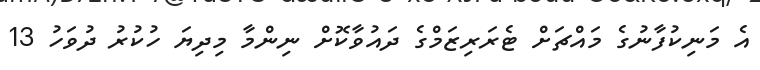
އެ މަނިކުފާނުގެ މައްޗަށް ޓެރަރިޒަމްގެ ދައުވާކޮށް ނިންމާ މިދިޔަ ހުކުރު ދުވަހު 13